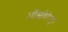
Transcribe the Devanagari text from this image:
ऑब्जवेटेयुर